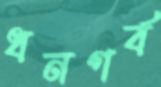
ধনগর্ব